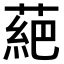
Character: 𫉇